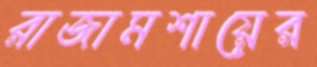
রাজামশায়ের